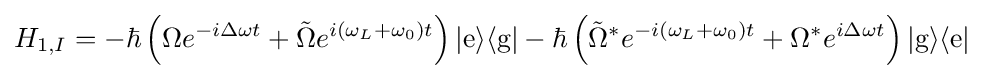
H_{1,I}=-\hbar \left(\Omega e^{-i\Delta \omega t}+{\tilde {\Omega }}e^{i(\omega _{L}+\omega _{0})t}\right)|{\text{e}}\rangle \langle {\text{g}}|-\hbar \left({\tilde {\Omega }}^{*}e^{-i(\omega _{L}+\omega _{0})t}+\Omega ^{*}e^{i\Delta \omega t}\right)|{\text{g}}\rangle \langle {\text{e}}|